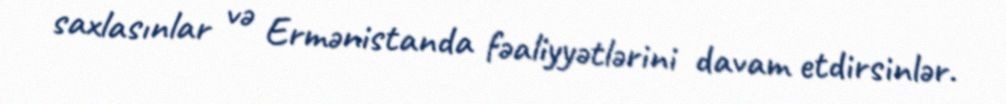
saxlasınlar və Ermənistanda fəaliyyətlərini davam etdirsinlər.